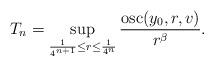
LaTeX: \begin{align*} T_n=\sup_{\frac{1}{4^{n+1}}\leq r\leq \frac{1}{4^n}}\frac{\operatorname{osc}(y_0,r,v )}{r^\beta}. \end{align*}